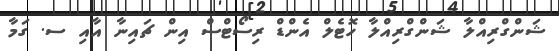
ޝަންގްރިއްލާ ޝަންގްރިއްލާ ހޮޓެލް އެންޑް ރިސޯޓްސް އިން ޗައިނާ އާއި ސ. ގަމާ